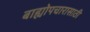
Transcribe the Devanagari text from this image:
बाह्योपचारासाठी